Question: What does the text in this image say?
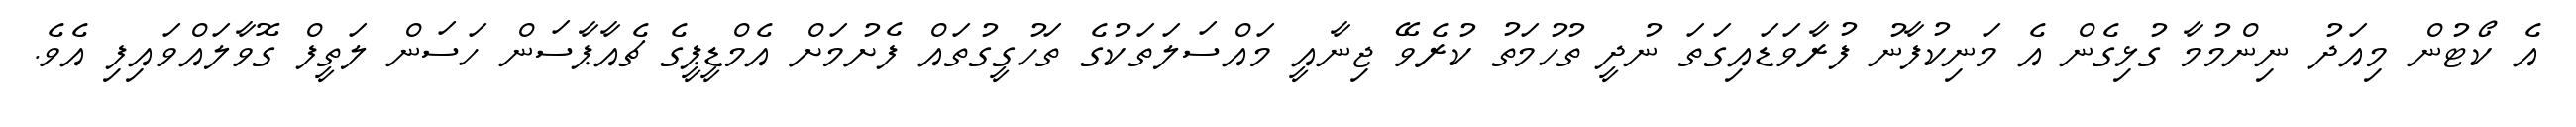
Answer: އެ ކޯޓުން މިއަދު ނިންމުމާ ގުޅިގެން އެ މަނިކުފާނު ފުރާވަޑައިގަތަ ނުދީ ތުހުމަތު ކުރެވޭ ޖިނާއީ މައްސަލަތަކުގެ ތަހުގީގުތައް ފެށުމަށް އެމްޑީޕީގެ ޗެއާޕާސަން ހަސަން ލަތީފް ގޮވާލައްވައިފި އެވެ.